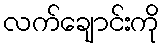
လက်ချောင်းကို